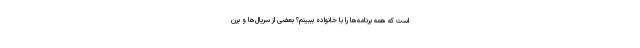
است که همه برنامه‌ها را با خانواده بببینم؟ بعضی از سریال‌ها و برن